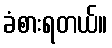
ခံစားရတယ်။